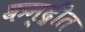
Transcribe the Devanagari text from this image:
कन्द्रीत